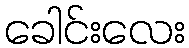
ခေါင်းလေး